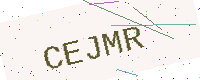
Text: CEJMR